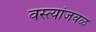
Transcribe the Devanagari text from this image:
वस्त्यांजवळ